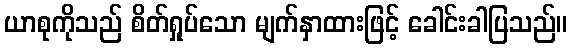
ယာစုကိုသည် စိတ်ရှုပ်သော မျက်နှာထားဖြင့် ခေါင်းခါပြသည်။